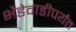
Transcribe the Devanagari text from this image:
भेंडेवाडीपर्यंत